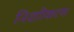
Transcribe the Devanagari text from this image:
निशाीकरण